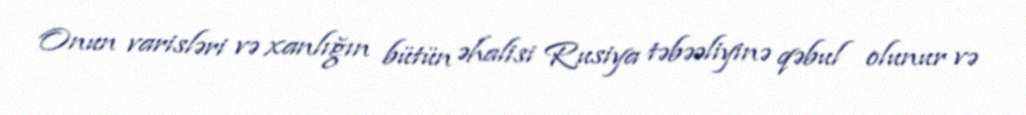
Onun varisləri və xanlığın bütün əhalisi Rusiya təbəəliyinə qəbul olunur və